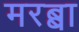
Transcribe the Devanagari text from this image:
मरब्बा